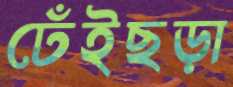
ঢেঁইছড়া